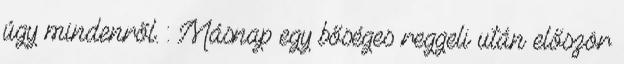
úgy mindenről. : Másnap egy bőséges reggeli után először